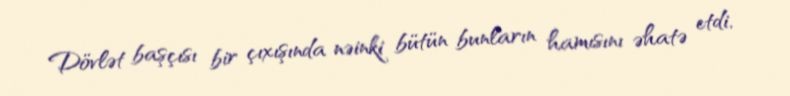
Dövlət başçısı bir çıxışında nəinki bütün bunların hamısını əhatə etdi,